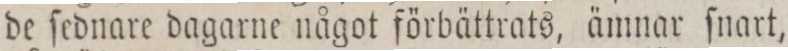
de ſednare dagarne något förbättrats, ämnar ſnart,